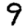
Digit: 9